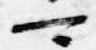
可